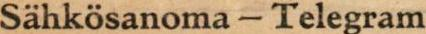
Sähkösanoma - Telegram